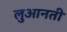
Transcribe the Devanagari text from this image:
लुआनती